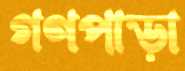
গণপাড়া